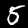
Label: 5